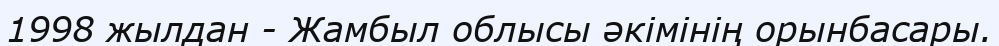
1998 жылдан - Жамбыл облысы әкімінің орынбасары.